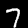
Digit: 7